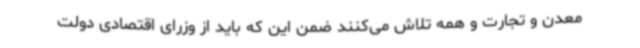
معدن و تجارت و همه تلاش می‌کنند ضمن این که باید از وزرای اقتصادی دولت